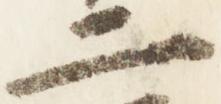
二